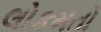
લોકમતો